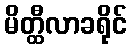
မိတ္ထီလာခရိုင်